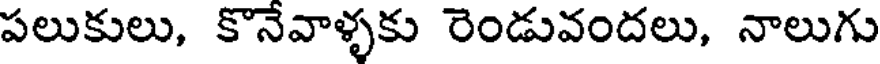
పలుకులు, కొనేవాళ్ళకు రెండువందలు, నాలుగు